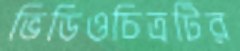
ভিডিওচিত্রটির